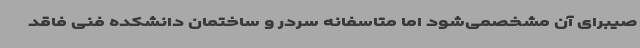
صیبرای آن مشخصمی‌شود اما متاسفانه سردر و ساختمان دانشکده فنی فاقد